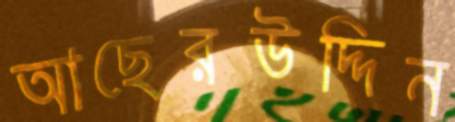
আছেরউদ্দিন